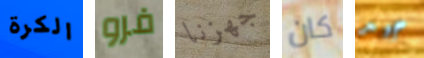
الكرة فرو جهزنا كان جيد